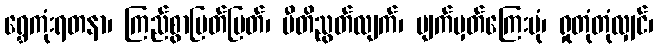
ရွှေကုံးရတနာ၊ ကြည်စွာပြတ်ပြတ်၊ ပီတိညွတ်လျက်၊ မျက်မှတ်ကြေးမုံ၊ ရှုတုံတုံလျှင်၊